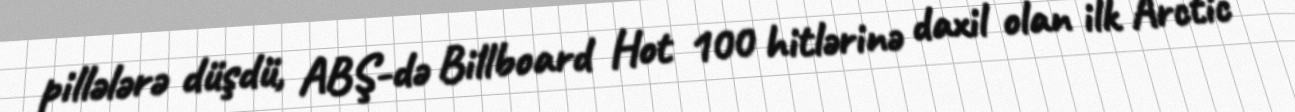
pillələrə düşdü, ABŞ-də Billboard Hot 100 hitlərinə daxil olan ilk Arctic